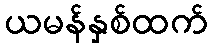
ယမန်နှစ်ထက်